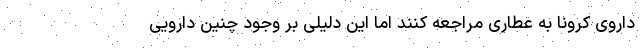
داروی کرونا به عطاری مراجعه کنند اما این دلیلی بر وجود چنین دارویی